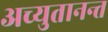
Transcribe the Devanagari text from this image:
अच्युतानन्त